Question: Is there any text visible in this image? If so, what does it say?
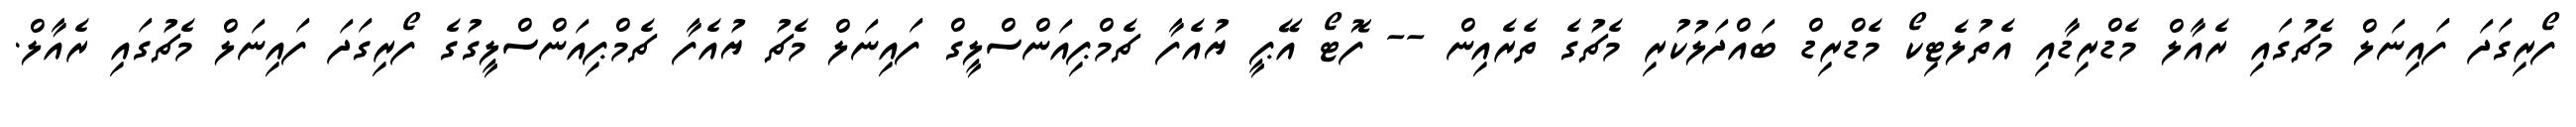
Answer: ފޯރިގަދަ ފައިނަލް މެޗުގައި ރެއާލް މެޑްރިޑާއި އެތުލެޓިކޯ މެޑްރިޑް ބައްދަލުކުރި މެޗުގެ ތެރެއިން -- ފޮޓޯ އޭޕީ ޔުއެފާ ޗެމްޕިއަންސްލީގް ފައިނަލް މެޗު ޔުއެފާ ޗެމްޕިއަންސްލީގުގެ ފޯރިގަދަ ފައިނަލް މެޗުގައި ރެއާލް.